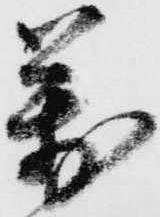
万